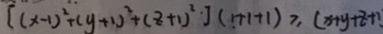
[ ( x - 1 ) ^ { 2 } + ( y + 1 ) ^ { 2 } + ( z + 1 ) ^ { 2 } ] ( 1 + 1 + 1 ) \geqslant ( x + y + z + 1 )